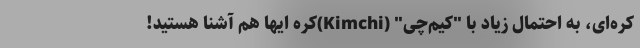
کره‌ای، به احتمال زیاد با "کیم‌چی" (Kimchi)کره ایها هم آشنا هستید!